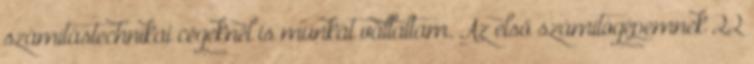
számítástechnikai cégeknél is munkát vállaltam. Az első számítógépemnek 22